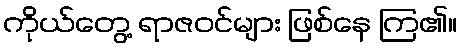
ကိုယ်တွေ့ ရာဇဝင်များ ဖြစ်နေ ကြ၏။